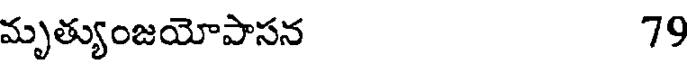
మృత్యుంజయోపాసన 79